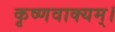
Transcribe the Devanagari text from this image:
कृष्णवाक्यम्।